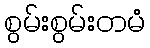
စွမ်းစွမ်းတမံ